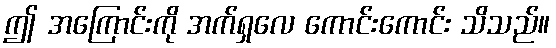
ဤ အကြောင်းကို အက်ရှလေ ကောင်းကောင်း သိသည်။